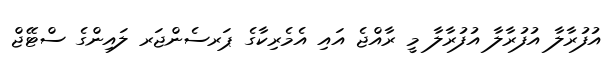
އުފުރާލާ އުފުރާލާ އުފުރާލާ މީ ރާއްޖެ އައި އެމެރިކާގެ ޕަރސެންޖަރ ލައިންގެ ސްޓޭޖް